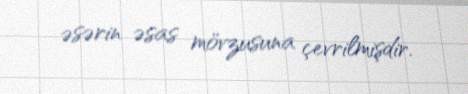
əsərin əsas mövzusuna çevrilmişdir.